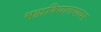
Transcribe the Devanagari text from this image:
महाविद्यालयावर